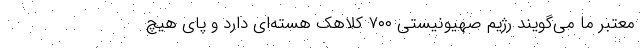
معتبر ما می‌گویند رژیم صهیونیستی ۷۰۰ کلاهک هسته‌ای دارد و پای هیچ